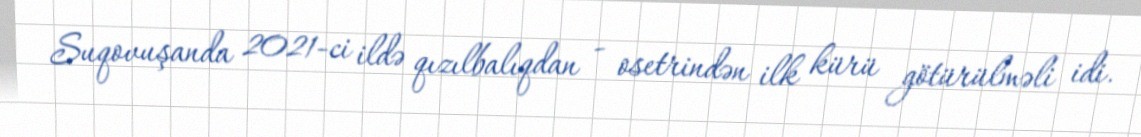
Suqovuşanda 2021-ci ildə qızılbalıqdan - osetrindən ilk kürü götürülməli idi.